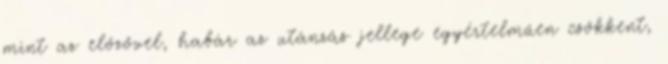
mint az előzővel, habár az utánzás jellege egyértelműen csökkent,